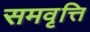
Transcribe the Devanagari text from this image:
समवृत्ति